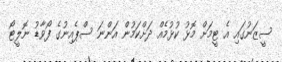
ސީޒަނުގައި އެ ޓީމަށް މޮޅު ކުޅުމެއް ދަށްކަމުން އަންނަ ސްޕެއިނުގެ ފޯވާޑު ނޮލީޓޯ